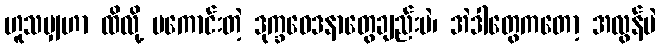
ဟူသမျှဟာ ထိလို့ မကောင်းတဲ့ ဒုက္ခဝေဒနာတွေချည်းပဲ၊ အဲဒါတွေကတော့ အလွန်ပဲ